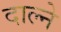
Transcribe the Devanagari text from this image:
दाल्ने